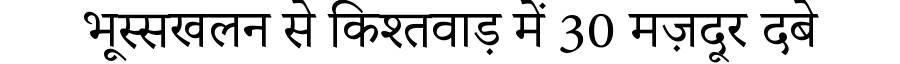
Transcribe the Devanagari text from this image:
भूस्सखलन से किश्तवाड़ में 30 मज़दूर दबे